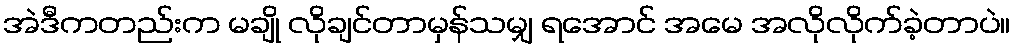
အဲဒီကတည်းက မချို လိုချင်တာမှန်သမျှ ရအောင် အမေ အလိုလိုက်ခဲ့တာပဲ။